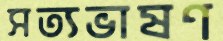
সত্যভাষণ